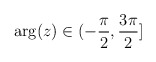
\begin{align*}\arg (z)\in (-\frac{\pi }{2},\frac{3\pi }{2}]\protect\end{align*}